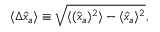
\begin{array} { r } { \langle \Delta \hat { x } _ { a } \rangle \equiv \sqrt { \langle ( \hat { x } _ { a } ) ^ { 2 } \rangle - \langle \hat { x } _ { a } \rangle ^ { 2 } } , } \end{array}